画像に写った文字を読んでください
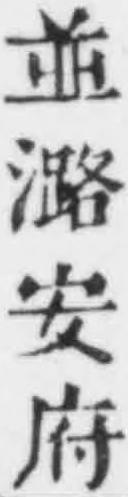
「並潞安府」と書いてあります